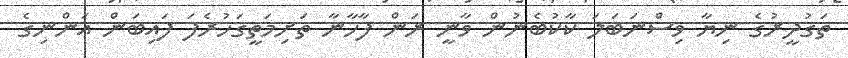
ތަގުދީރުގެ ނިޔާ ވިސްނަބަލަ ކާކުބެނުން ވާނީ ރަން ފާހާނާ ތަށިމަތީގަހުރެފަ ފައިބަން އަންނިގެ